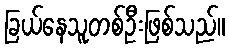
ခြယ်နေသူတစ်ဦးဖြစ်သည်။